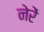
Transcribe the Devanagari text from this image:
नेरें